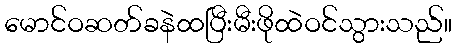
မောင်ဝဆတ်ခနဲထပြီးမီးဖိုထဲဝင်သွားသည်။